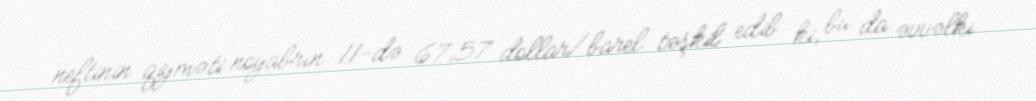
neftinin qiyməti noyabrın 11-də 67,57 dollar/barel təşkil edib ki, bu da əvvəlki